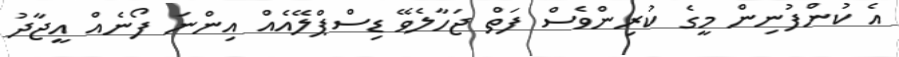
އެ ކުންފުނިން މީގެ ކުރިންވެސް ފަތް ޖަހާލެވޭ ޑިސްޕްލޭއެއް އިންނަ ފޯނެއް އީޖާދު